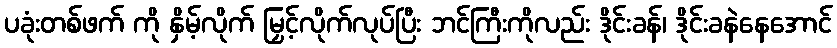
ပခုံးတစ်ဖက် ကို နှိမ့်လိုက် မြှင့်လိုက်လုပ်ပြီး ဘင်ကြီးကိုလည်း ဒိုင်းခန်၊ ဒိုင်းခနဲနေအောင်